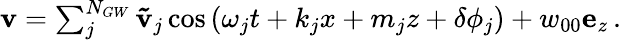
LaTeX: \begin{array}{r}{\mathbf{v}=\sum_{j}^{N_{GW}}\mathbf{\tilde{v}}_{j}\cos\left(\omega_{j}t+k_{j}x+m_{j}z+\delta\phi_{j}\right)+w_{00}\mathbf{e}_{z}\, .}\end{array}